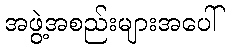
အဖွဲ့အစည်းများအပေါ်